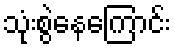
သုံးစွဲနေကြောင်း